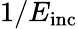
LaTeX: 1/E_{\mathrm{inc}}